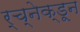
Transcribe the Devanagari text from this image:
र्च्नेक्डून